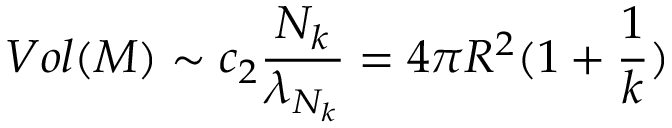
V o l ( { \cal M } ) \sim c _ { 2 } \frac { N _ { k } } { \lambda _ { N _ { k } } } = 4 \pi R ^ { 2 } ( 1 + \frac { 1 } { k } )